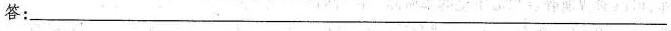
答：___